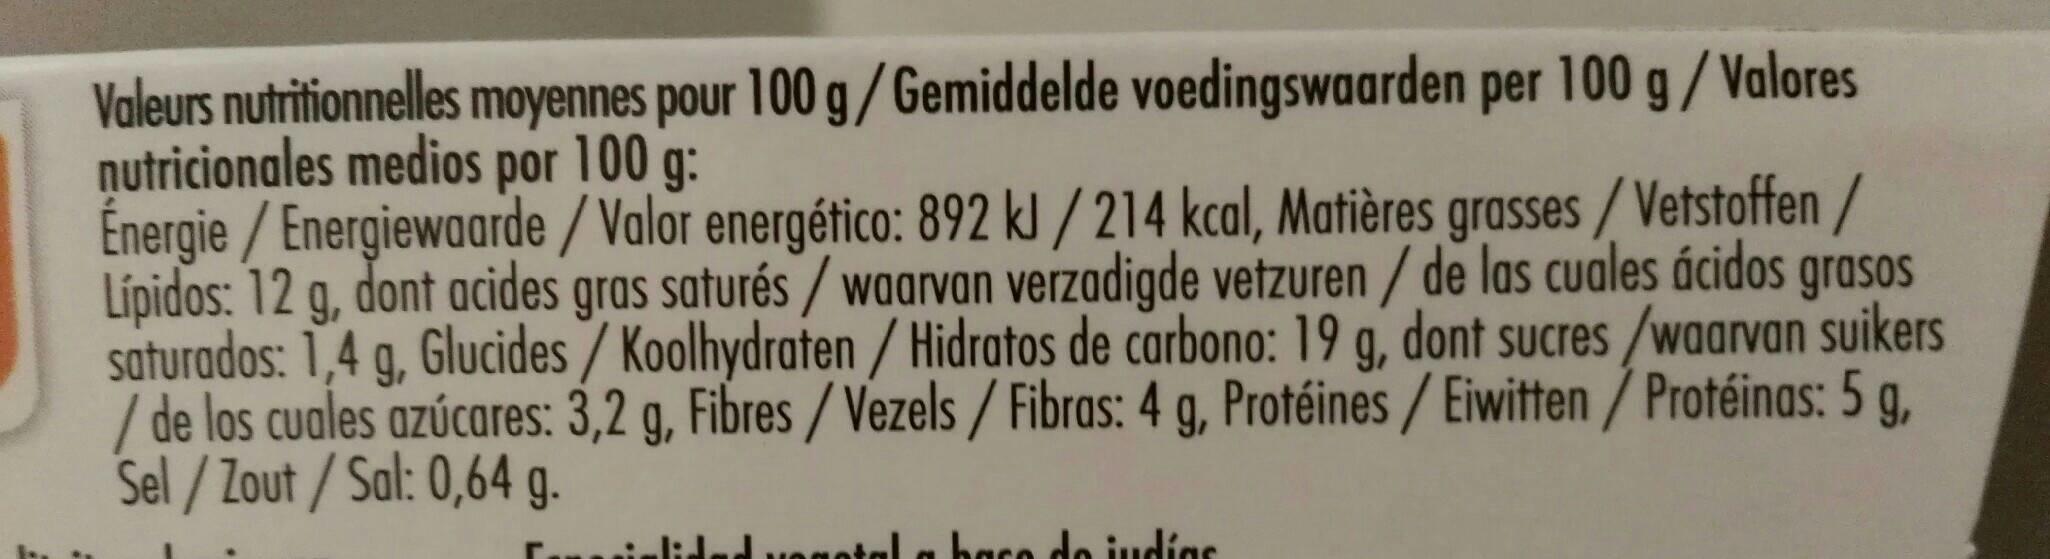
Valeurs nutritionnelles moyennes pour 100 g/Gemiddelde voedingswaarden per 100 g/Valores nutricionales medios por 100 g:
Énergie / Energiewaarde/Valor energético: 892 kJ/ 214 kcal, Matières grasses/Vetstoffen/ Lípidos: 12 g, dont acides gras saturés/ waarvan verzadigde vetzuren/ de las cuales ácidos grasos saturados: 1,4 g, Glucides/Koolhydraten / Hidratos de carbono: 19 g, dont sucres /waarvan suikers /de los cuales azúcares: 3,2 g, Fibres/Vezels / Fibras: 4 g, Protéines / Eiwitten/Protéinas: 5 g, Sel/Zout/Sal: 0,64 g.
vonatal a base de indias